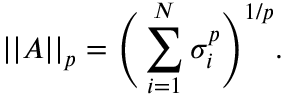
\vert \vert A \vert \vert _ { p } = \Bigg ( \sum _ { i = 1 } ^ { N } \sigma _ { i } ^ { p } \Bigg ) ^ { 1 / p } .